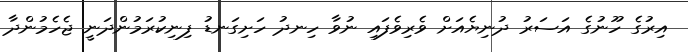
އިރުގެ ހޫނުގެ އަސަރު ދުނިޔެއަށް ވެރިވެފައި ނުވާ ހިނދު ހަށިގަނޑު ފިނިކުރަމުންދަނީ ޖެހެމުންދާ